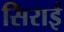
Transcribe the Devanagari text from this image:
सिराई